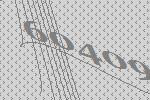
60409